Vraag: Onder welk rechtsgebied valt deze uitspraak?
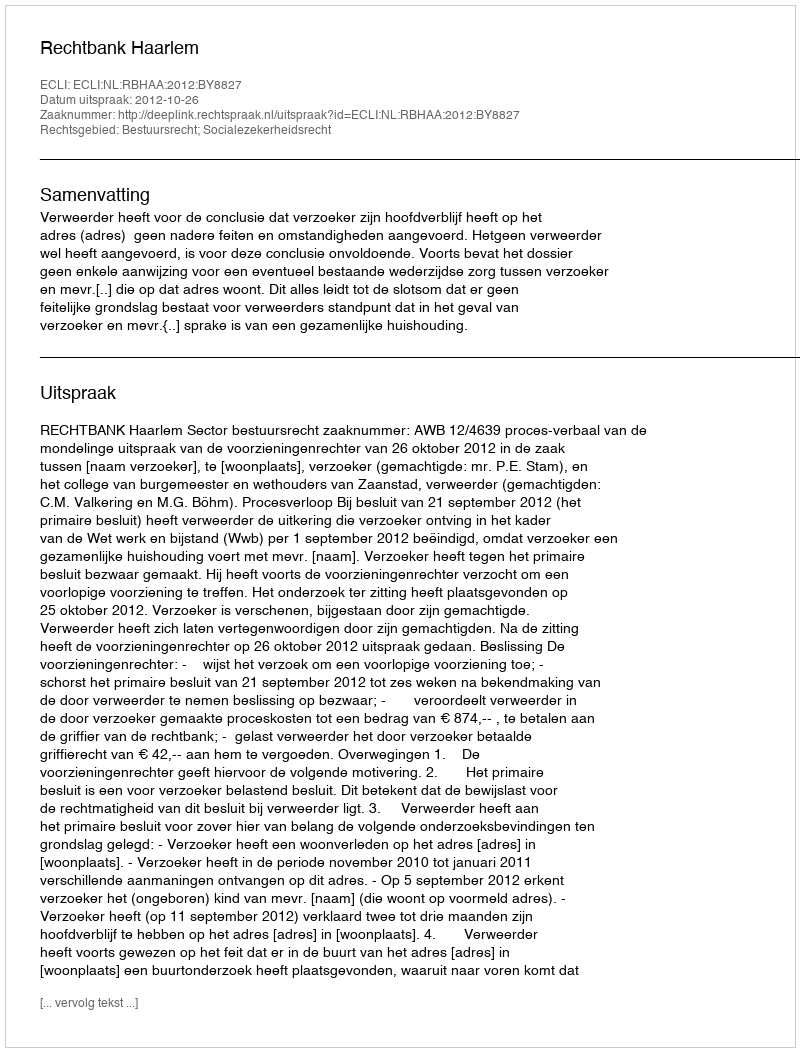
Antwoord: Bestuursrecht; Socialezekerheidsrecht